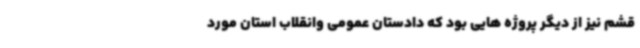
قشم نیز از دیگر پروژه هایی بود که دادستان عمومی وانقلاب استان مورد